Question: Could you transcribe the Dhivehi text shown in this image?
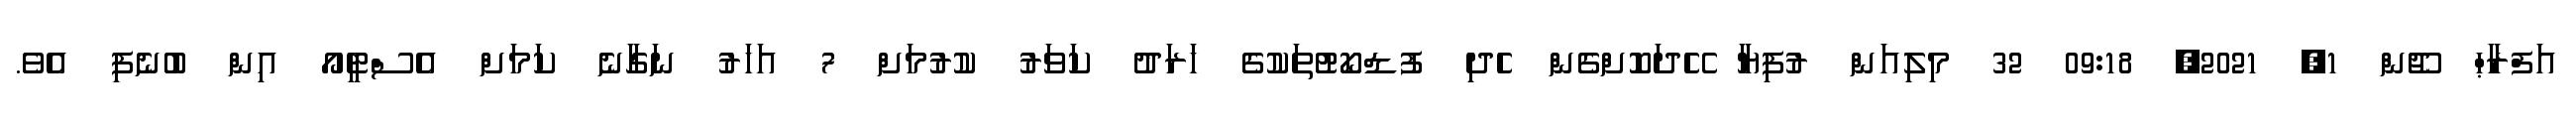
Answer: އަފްރާޙް ޖޫން 1, 2021, 09:18 32 މިލިއަން ރުފިޔާ ހޭދަކޮށްގެން ހެދި ފުޑްކޯޓުތަކުގެ ޚަރަދު ކަވަރު ކުރުމަށް 7 އަހަރު ނަގާނެ ކަމަށް އެސްޓީއޯ އިން ބުނެފި އެވެ.